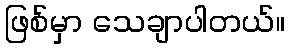
ဖြစ်မှာ သေချာပါတယ်။